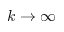
k \to \infty